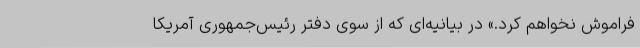
فراموش نخواهم کرد.» در بیانیه‌ای که از سوی دفتر رئیس‌جمهوری آمریکا